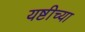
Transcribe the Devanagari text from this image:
यष्टीच्या